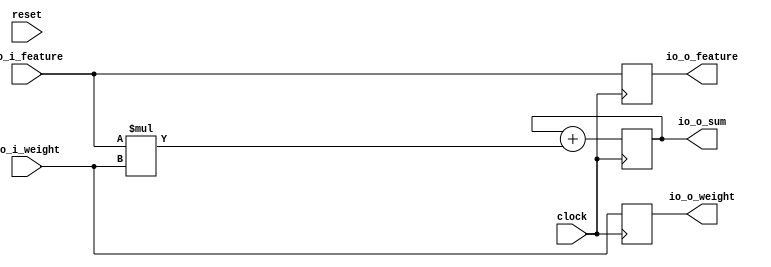
module osPE(
  input         clock,
  input         reset,
  input  [7:0]  io_i_feature,
  input  [7:0]  io_i_weight,
  output [7:0]  io_o_feature,
  output [7:0]  io_o_weight,
  output [15:0] io_o_sum
);
`ifdef RANDOMIZE_REG_INIT
  reg [31:0] _RAND_0;
  reg [31:0] _RAND_1;
  reg [31:0] _RAND_2;
`endif // RANDOMIZE_REG_INIT
  reg [7:0] r_feature; // @[osPE.scala 16:22]
  reg [7:0] r_weight; // @[osPE.scala 17:22]
  reg [15:0] r_mac; // @[osPE.scala 18:22]
  wire [15:0] _r_mac_T = $signed(io_i_feature) * $signed(io_i_weight); // @[osPE.scala 22:41]
  assign io_o_feature = r_feature; // @[osPE.scala 24:16]
  assign io_o_weight = r_weight; // @[osPE.scala 25:16]
  assign io_o_sum = r_mac; // @[osPE.scala 26:16]
  always @(posedge clock) begin
    r_feature <= io_i_feature; // @[osPE.scala 20:16]
    r_weight <= io_i_weight; // @[osPE.scala 21:16]
    r_mac <= $signed(r_mac) + $signed(_r_mac_T); // @[osPE.scala 22:25]
  end
// Register and memory initialization
`ifdef RANDOMIZE_GARBAGE_ASSIGN
`define RANDOMIZE
`endif
`ifdef RANDOMIZE_INVALID_ASSIGN
`define RANDOMIZE
`endif
`ifdef RANDOMIZE_REG_INIT
`define RANDOMIZE
`endif
`ifdef RANDOMIZE_MEM_INIT
`define RANDOMIZE
`endif
`ifndef RANDOM
`define RANDOM $random
`endif
`ifdef RANDOMIZE_MEM_INIT
  integer initvar;
`endif
`ifndef SYNTHESIS
`ifdef FIRRTL_BEFORE_INITIAL
`FIRRTL_BEFORE_INITIAL
`endif
initial begin
  `ifdef RANDOMIZE
    `ifdef INIT_RANDOM
      `INIT_RANDOM
    `endif
    `ifndef VERILATOR
      `ifdef RANDOMIZE_DELAY
        #`RANDOMIZE_DELAY begin end
      `else
        #0.002 begin end
      `endif
    `endif
`ifdef RANDOMIZE_REG_INIT
  _RAND_0 = {1{`RANDOM}};
  r_feature = _RAND_0[7:0];
  _RAND_1 = {1{`RANDOM}};
  r_weight = _RAND_1[7:0];
  _RAND_2 = {1{`RANDOM}};
  r_mac = _RAND_2[15:0];
`endif // RANDOMIZE_REG_INIT
  `endif // RANDOMIZE
end // initial
`ifdef FIRRTL_AFTER_INITIAL
`FIRRTL_AFTER_INITIAL
`endif
`endif // SYNTHESIS
endmodule